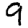
Digit: 9